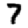
Digit: 7